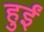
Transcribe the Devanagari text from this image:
हुर्इं